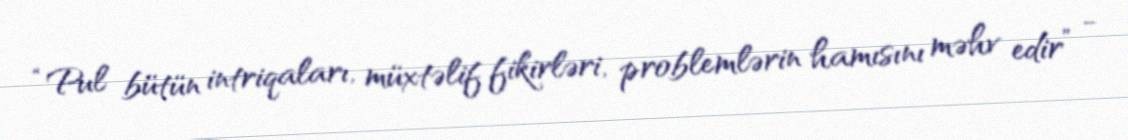
“Pul bütün intriqaları, müxtəlif fikirləri, problemlərin hamısını məhv edir” -